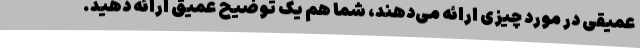
عمیقی در مورد چیزی ارائه می‌دهند، شما هم یک توضیح عمیق ارائه دهید.